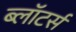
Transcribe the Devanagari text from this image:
ब्लॉटर्स